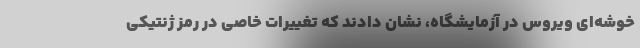
خوشه‌ای ویروس در آزمایشگاه، نشان دادند که تغییرات خاصی در رمز ژنتیکی